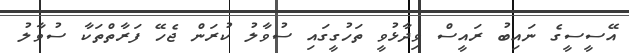
އޭސީސީގެ ނައިބު ރައީސް ވިދާޅުވީ ތަހުގީގައި ސުވާލު ކުރަން ޖެހޭ ފަރާތްތަކާ ސުވާލު